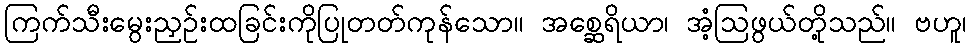
ကြက်သီးမွေးညှဉ်းထခြင်းကိုပြုတတ်ကုန်သော။ အစ္ဆေရိယာ၊ အံ့ဩဖွယ်တို့သည်။ ဗဟူ၊